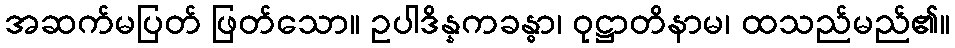
အဆက်မပြတ် ဖြတ်သော။ ဥပါဒိန္နကခန္ဓာ၊ ဝုဋ္ဌာတိနာမ၊ ထသည်မည်၏။